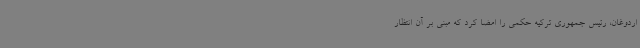
اردوغان، رئیس جمهوری ترکیه حکمی را امضا کرد که مبنی بر آن انتظار